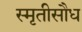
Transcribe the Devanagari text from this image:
स्मृतीसौध